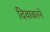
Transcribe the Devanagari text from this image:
दिवाकरने